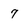
Character: 7